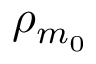
\rho _ { m _ { 0 } }